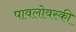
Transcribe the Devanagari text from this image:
पावलोवस्की